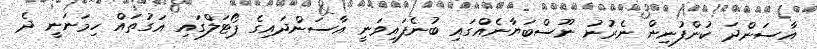
އާސަންދަ ކުންފުނިން ނެރުނު ނޫސްބަޔާނެއްގައި ބުނެފައިވަނީ އާސަންދައިގެ ޕޯޓަލްގައި އަގުތައް ހިމަނަނީ ދެ